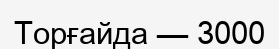
Торғайда — 3000